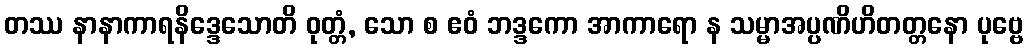
တဿ နာနာကာရနိဒ္ဒေသောတိ ဝုတ္တံ, သော စ ဧဝံ ဘဒ္ဒကော အာကာရော န သမ္မာအပ္ပဏိဟိတတ္တနော ပုဗ္ဗေ